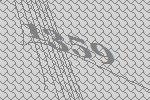
1359